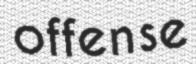
offense